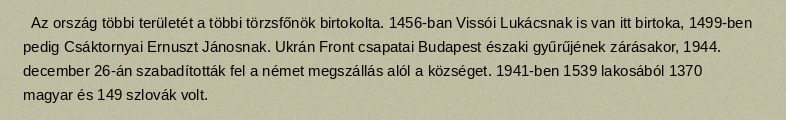
Az ország többi területét a többi törzsfőnök birtokolta. 1456-ban Vissói Lukácsnak is van itt birtoka, 1499-ben pedig Csáktornyai Ernuszt Jánosnak. Ukrán Front csapatai Budapest északi gyűrűjének zárásakor, 1944. december 26-án szabadították fel a német megszállás alól a községet. 1941-ben 1539 lakosából 1370 magyar és 149 szlovák volt.